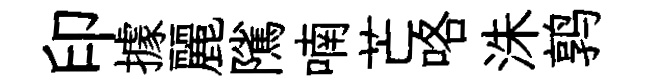
印據麗隲喃芒咯洙鹑